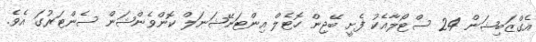
އެގްޒަބިޝަން 24 ސްޓޯލާއެކު ފެށީ ބޭޖިން ހޮޓެލް އިންޓަނޭޝަނަލް ކޮންވެންޝަން ސެންޓަރުގަ އެވެ.